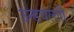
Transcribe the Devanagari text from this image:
उन्डवल्ली